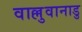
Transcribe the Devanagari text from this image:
वाल्लुवानाडु